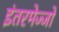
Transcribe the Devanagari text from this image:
इंतरमेज्जो